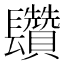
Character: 𨳄